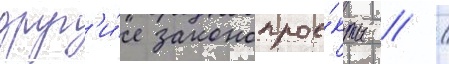
друг'и́е законопрое́кты / /